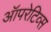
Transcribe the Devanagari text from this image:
ऑपरेटिव्स